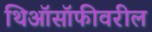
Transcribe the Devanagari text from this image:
थिऑसॉफीवरील